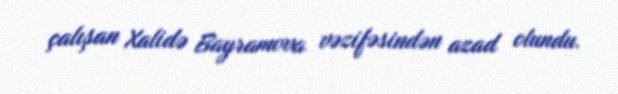
çalışan Xalidə Bayramova vəzifəsindən azad olundu.